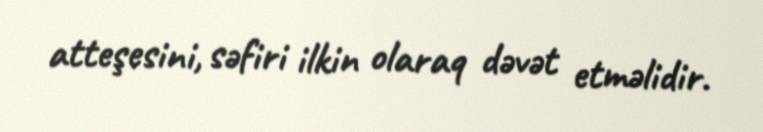
atteşesini, səfiri ilkin olaraq dəvət etməlidir.